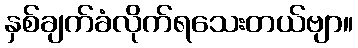
နှစ်ချက်ခံလိုက်ရသေးတယ်ဗျာ။